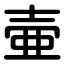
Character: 壷